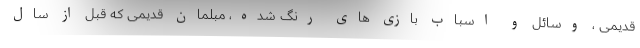
قدیمی ، وسائل و اسباب بازی های رنگ شده، مبلمان قدیمی که قبل از سال